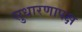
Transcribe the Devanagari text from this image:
सुधारणापक्ष